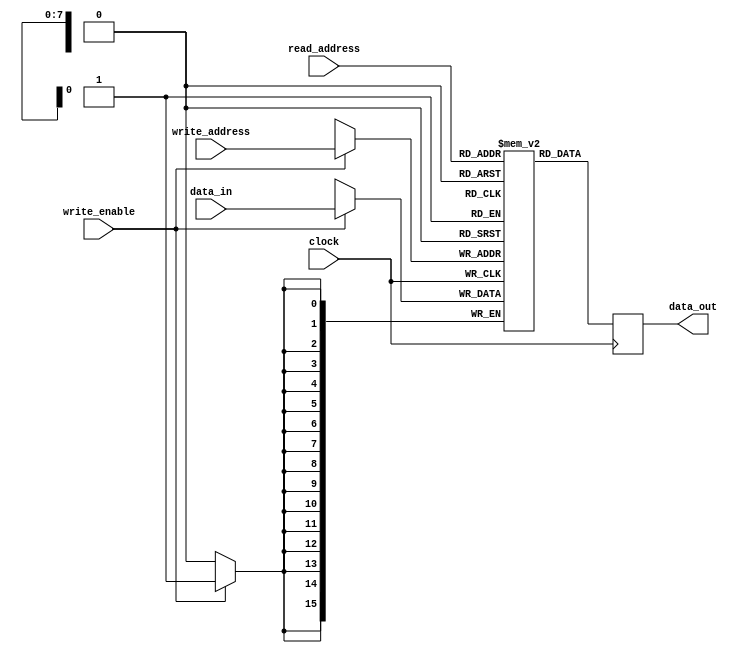
module basic_memory_block (
  input clock,
  input write_enable,
  input [WIDTH-1:0] read_address,
  input [WIDTH-1:0] write_address,
  input [15:0] data_in,
  output reg [15:0] data_out,
);
  parameter WIDTH = 8;
  parameter mem_depth = 1 << WIDTH;

  reg [15:0] mem[mem_depth-1:0];

  always @(posedge clock) begin
      data_out <= mem[read_address];

      if(write_enable)
        mem[write_address[WIDTH-1:0]] <= data_in;
  end
endmodule